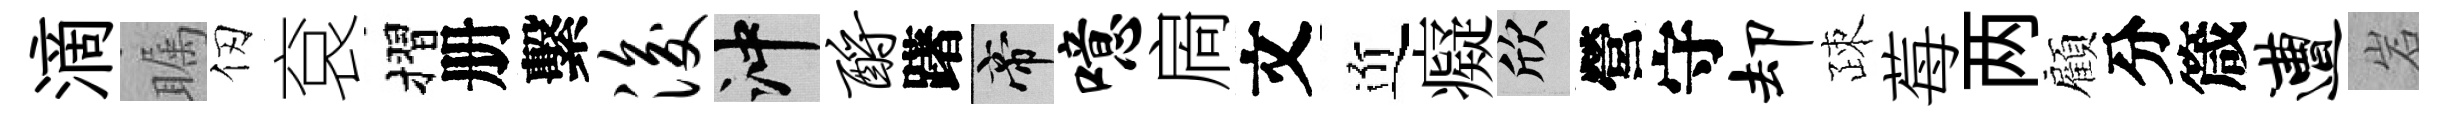
滴瞩仞袞摺册繫浚冲酹躇帝噫扄文近癡欣營守却疎莓两顧分箴遭岩